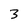
Character: 3